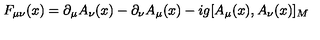
F _ { \mu \nu } ( x ) = \partial _ { \mu } A _ { \nu } ( x ) - \partial _ { \nu } A _ { \mu } ( x ) - i g [ A _ { \mu } ( x ) , A _ { \nu } ( x ) ] _ { M }